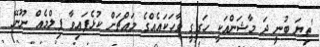
'ތިޔަ ބުނީ ދަ މާޝަންއަކީ ހަގީގީ ވާހަކައެއްގެ މައްޗަށް ކުޅެފައިވާ ފިލްމެއް ނޫނޭ'